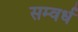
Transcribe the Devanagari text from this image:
सम्वर्ध